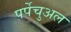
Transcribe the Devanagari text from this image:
पर्पेचुअल